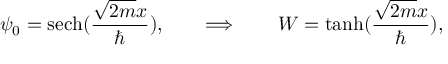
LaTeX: \psi _ { 0 } = \mathrm { s e c h } ( { \frac { \sqrt { 2 m } x } { \hbar } } ) , \qquad \Longrightarrow \qquad W = \operatorname { t a n h } ( { \frac { \sqrt { 2 m } x } { \hbar } } ) ,